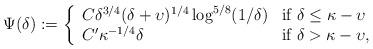
LaTeX: \begin{align*}\Psi(\delta) := \left\{ \begin{array}{ll} C\delta^{3/4}(\delta+\upsilon)^{1/4}\log^{5/8}(1/\delta) & \mbox{if $\delta \leq \kappa - \upsilon$} \\C'\kappa^{-1/4}\delta & \mbox{if $\delta > \kappa - \upsilon$,} \end{array} \right.\end{align*}